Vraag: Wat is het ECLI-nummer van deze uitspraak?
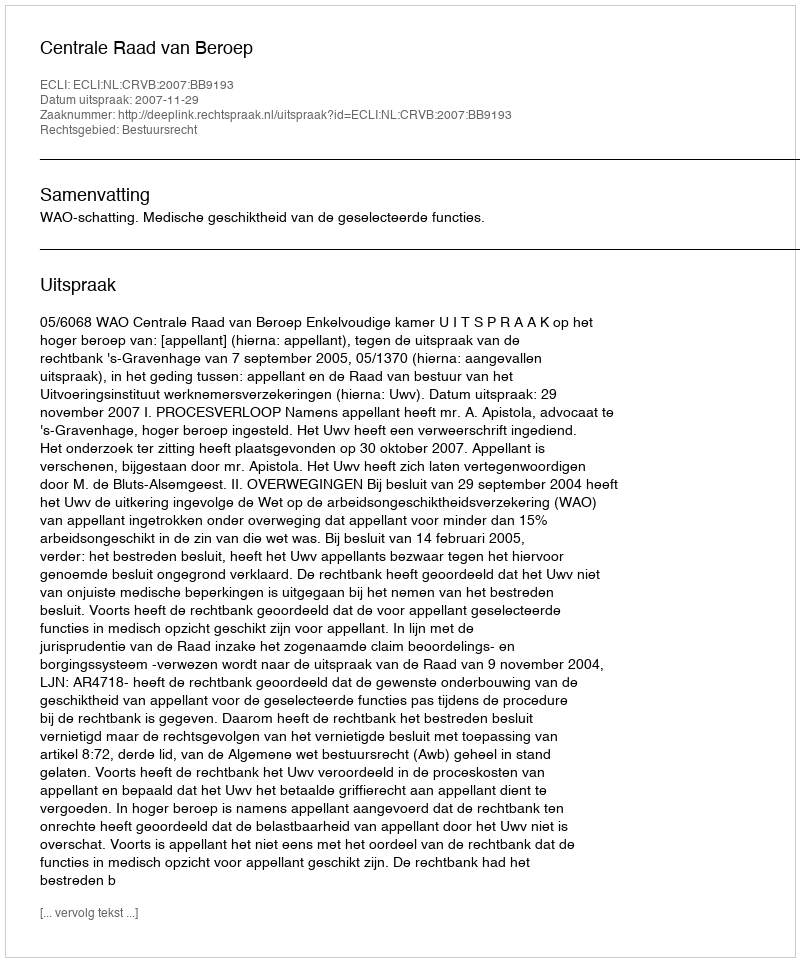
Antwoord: ECLI:NL:CRVB:2007:BB9193